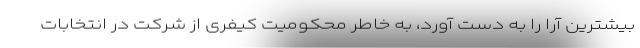
بیشترین آرا را به دست آورد، به خاطر محکومیت کیفری از شرکت در انتخابات